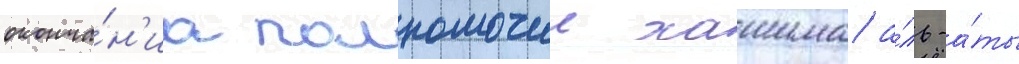
оконча́н'иа полномочии хашима а́ль-а́ты